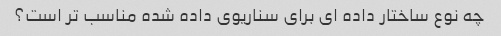
چه نوع ساختار داده ای برای سناریوی داده شده مناسب تر است؟